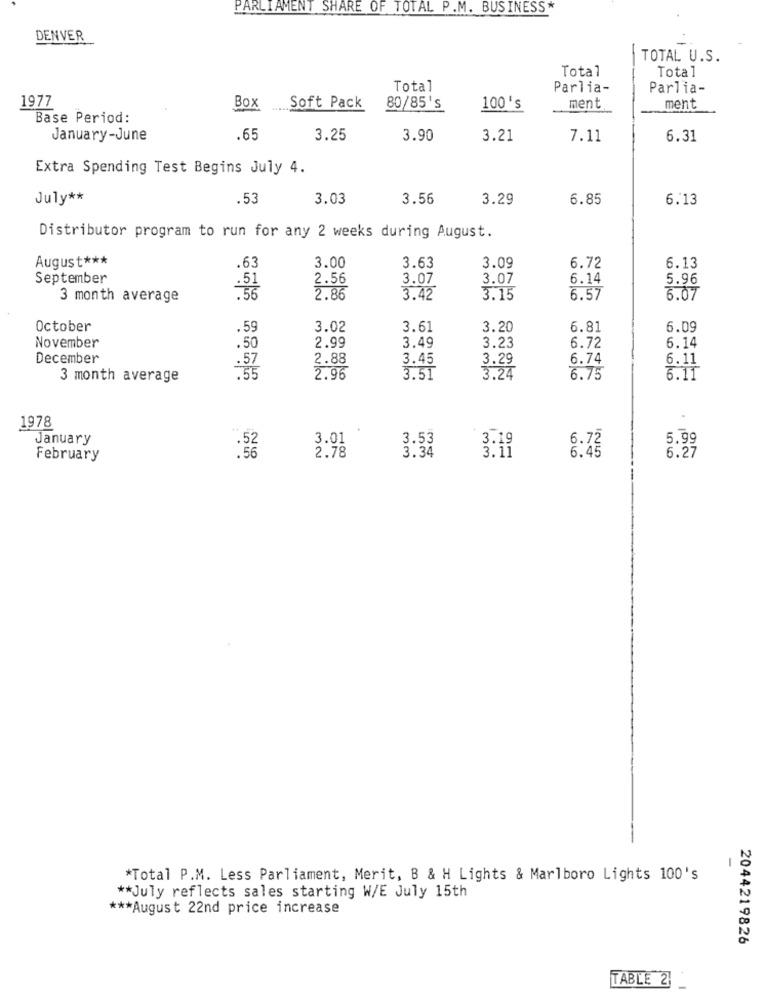
PARLIAMENT SHARE OF TOTAL P.M. BUSINESS*
DENVER
TOTAL U.S.
Total
Total
Total
Parlia-
Parlia-
1977
Box
Soft Pack
80/85's
100's
ment
ment
Base Period:
January-June
.65
3.25
3.90
3.21
7.11
6.31
Extra Spending Test Begins July 4.
July **
.53
3.03
3.56
3.29
6.85
6.13
Distributor program to run for any 2 weeks during August.
August ***
3.00
3.09
6.72
6.13
.63
3.63
September
2.56
3.07
3.07
6.14
5.96
3 month average
2.86
3.42
3.15
6.57
6.07
October
.59
3.02
3.61
3.20
6.81
6.09
November
3.49
6.14
.50
2.99
3.23
6.72
December
.57
2.88
3.45
3.29
6.74
6.11
3 month average
2.96
3.51
3.24
6.75
6.11
.
1978
January
3.01
3.53
3.19
6.72
5.99
2.78
3.34
3.11
6.45
February
6.27
*Total P.M. Less Parliament, Merit, B & H Lights & Marlboro Lights 100's
** July reflects sales starting W/E July 15th
*** August 22nd price increase
2044219826
TABLE 2
-